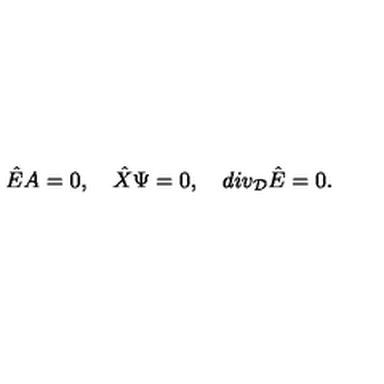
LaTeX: { \hat { E } } A = 0 , \quad { \hat { X } } \Psi = 0 , \quad d i v _ { \cal D } { \hat { E } } = 0 .